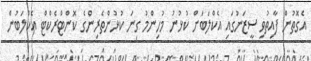
އެގޮތުން ފާއިތުވި ސީޒަނުގައި އެކްލަބަށް ކުޅުނު މުހިންމު ގިނަ ކުޅުންތެރިންގެ ކޮންޓްރެކްޓް އެކްލަބުން